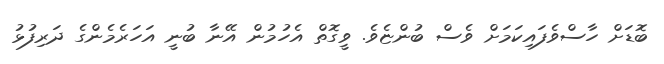
ބޮޑަށް ހާސްވެފައިކަމަށް ވެސް ބުންޏެވެ. ވީގޮތް އެހުމުން އޭނާ ބުނީ އަހަރެމެންގެ ދަރިފުޅު